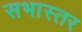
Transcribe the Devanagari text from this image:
सभास्तर